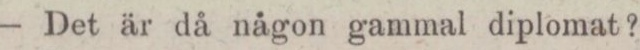
— Det är då någon gammal diplomat?